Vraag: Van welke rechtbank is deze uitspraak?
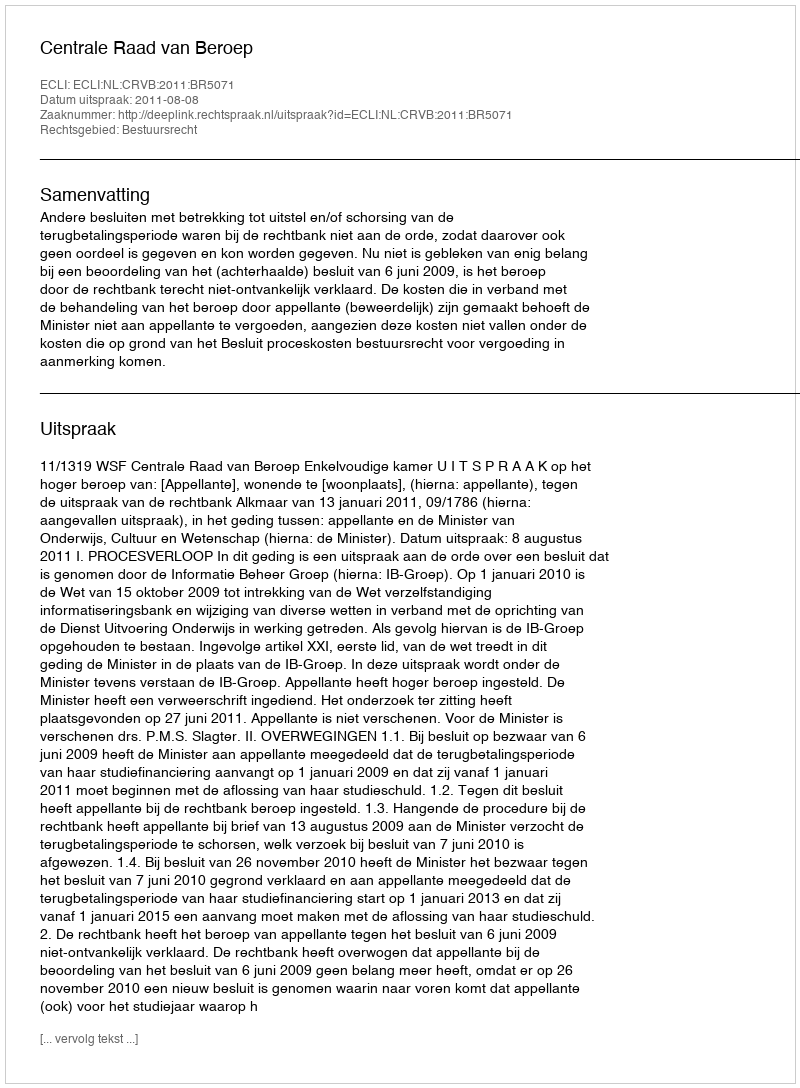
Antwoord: Centrale Raad van Beroep